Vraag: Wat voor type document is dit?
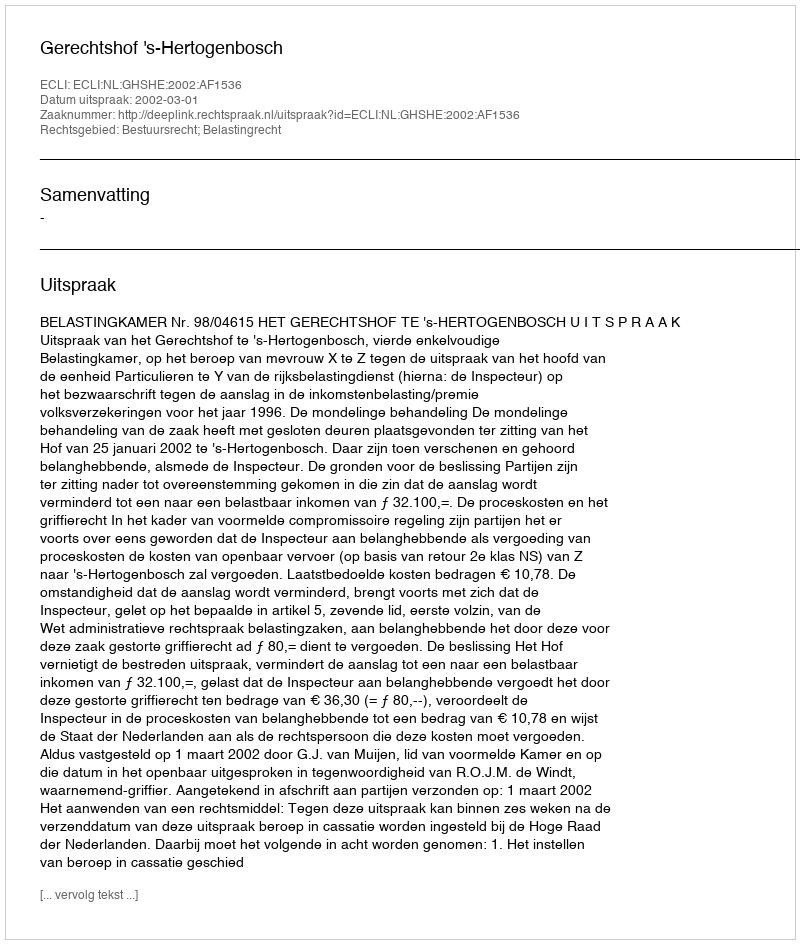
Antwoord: Uitspraak